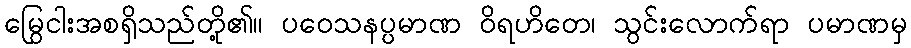
မြွေငါးအစရှိသည်တို့၏။ ပဝေသနပ္ပမာဏ ဝိရဟိတေ၊ သွင်းလောက်ရာ ပမာဏမှ